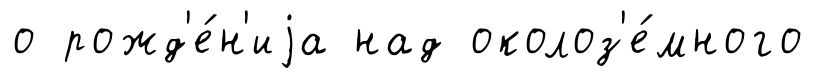
о рожд'е́н'иjа над околоз'е́много